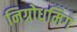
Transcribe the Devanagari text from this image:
निग्रोधमिग